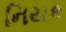
નિયક